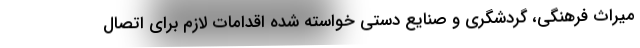
میراث فرهنگی، گردشگری و صنایع دستی خواسته شده اقدامات لازم برای اتصال